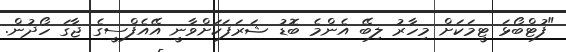
"ފުޓްބޯޅަ ޓީމަކަށް މިހާރު ލިބޭ އެންމެ ބޮޑު ޝަރަފަކަށްވާނީ އޭއެފްސީގެ ޖާގަ ހޯދުން.